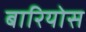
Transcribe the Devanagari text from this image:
बारियोस